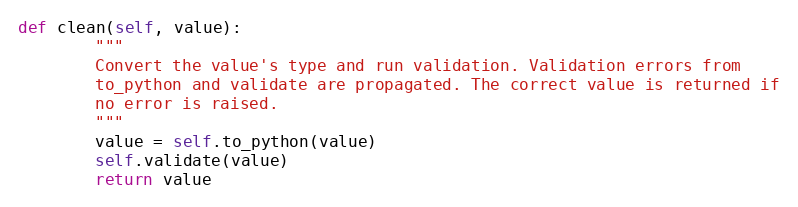
Language: Python
def clean(self, value):
        """
        Convert the value's type and run validation. Validation errors from
        to_python and validate are propagated. The correct value is returned if
        no error is raised.
        """
        value = self.to_python(value)
        self.validate(value)
        return value